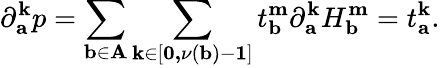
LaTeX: \partial_{\mathbf{a}}^{\mathbf{k}}p=\sum_{\mathbf{b\in A}}\sum_{\mathbf{k\in}\left[\mathbf{0,}\nu\left(\mathbf{b}\right)-\mathbf{1}\right]}t_{\mathbf{b}}^{\mathbf{m}}\partial_{\mathbf{a}}^{\mathbf{k}}H_{\mathbf{b}}^{\mathbf{m}}=t_{\mathbf{a}}^{\mathbf{k}}.